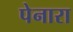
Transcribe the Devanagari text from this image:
पेनारा